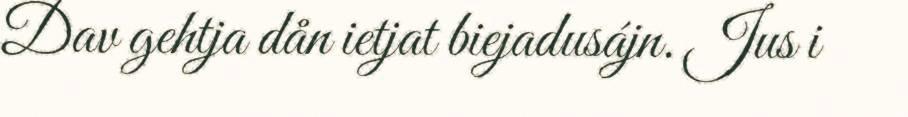
Dav gehtja dån ietjat biejadusájn. Jus i